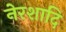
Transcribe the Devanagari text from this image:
नेरशादि